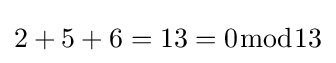
2+5+6=13=0{\bmod {1}}3